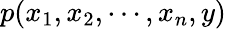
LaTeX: p(x_{1},x_{2},\cdots,x_{n},y)